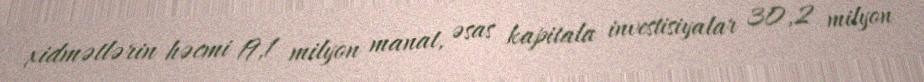
xidmətlərin həcmi 19,1 milyon manat, əsas kapitala investisiyalar 30,2 milyon